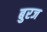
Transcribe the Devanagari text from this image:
बुरज